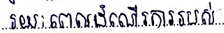
រយៈពេលដំណើរការរបស់វា